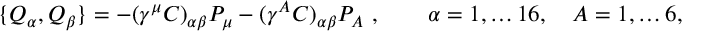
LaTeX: \{ Q _ { \alpha } , Q _ { \beta } \} = - ( \gamma ^ { \mu } C ) _ { \alpha \beta } P _ { \mu } - ( \gamma ^ { A } C ) _ { \alpha \beta } P _ { A } \ , \qquad \alpha = 1 , \dots 1 6 , \quad A = 1 , \dots 6 ,